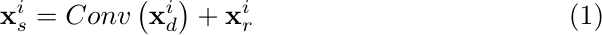
\begin{equation}
	\mathbf{x}_{s}^{i}=Conv\left(\mathbf{x}_{d}^{i}\right)+\mathbf{x}_{r}^{i}
\end{equation}